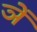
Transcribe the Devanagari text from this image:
ञें